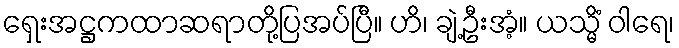
ရှေးအဋ္ဌကထာဆရာတို့ပြအပ်ပြီ။ ဟိ၊ ချဲ့ဦးအံ့။ ယသ္မိံ ဝါရေ၊